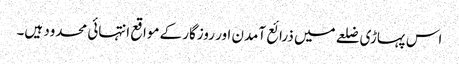
اس پہاڑی ضلعے میں ذرائع آمدن اور روزگار کے مواقع انتہائی محدود ہیں۔